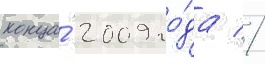
конца́ 2009 го́да //